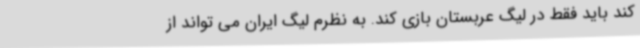
کند باید فقط در لیگ عربستان بازی کند. به نظرم لیگ ایران می تواند از